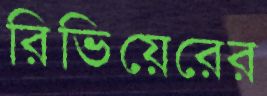
রিভিয়েরের